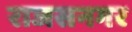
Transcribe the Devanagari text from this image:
राजसनगर